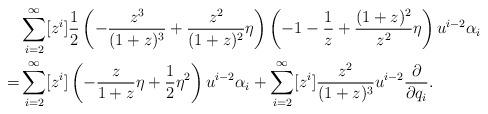
LaTeX: \begin{align*}&\sum_{i=2}^{\infty}[z^i]\frac{1}{2}\left(-\frac{z^3}{(1+z)^3}+\frac{z^2}{(1+z)^2}\eta\right)\left(-1-\frac{1}{z}+ \frac{(1+z)^2}{z^2}\eta\right)u^{i-2}\alpha_i\\=&\sum_{i=2}^{\infty}[z^i]\left(-\frac{z}{1+z}\eta+\frac{1}{2}\eta^2\right)u^{i-2}\alpha_i+\sum_{i=2}^{\infty}[z^i]\frac{z^2}{(1+z)^3}u^{i-2}\frac{\partial}{\partial q_i}.\end{align*}